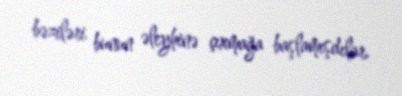
bəziləri bunun əleyhinə çıxmağa başlamışdılar.